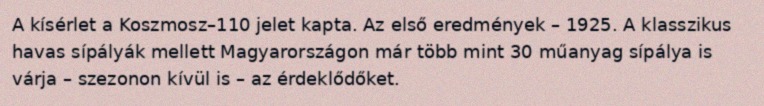
A kísérlet a Koszmosz–110 jelet kapta. Az első eredmények – 1925. A klasszikus havas sípályák mellett Magyarországon már több mint 30 műanyag sípálya is várja – szezonon kívül is – az érdeklődőket.